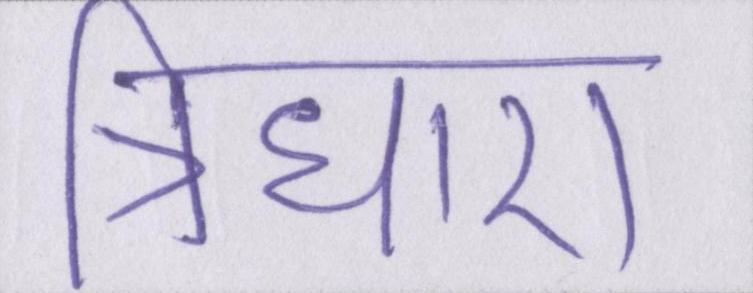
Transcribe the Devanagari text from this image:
त्रिधारा